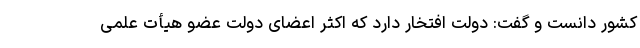
کشور دانست و گفت:‌ دولت افتخار دارد که اکثر اعضای دولت عضو هیأت علمی